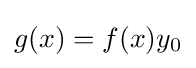
g(x)=f(x)y_{0}